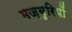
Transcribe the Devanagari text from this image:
मज़बूरियों